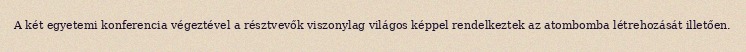
A két egyetemi konferencia végeztével a résztvevők viszonylag világos képpel rendelkeztek az atombomba létrehozását illetően.